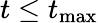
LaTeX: t\leq t_{\mathrm{max}}